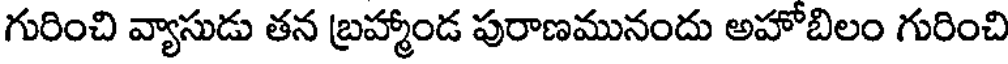
గురించి వ్యాసుడు తన బ్రహ్మాండ పురాణమునందు అహోబిలం గురించి